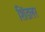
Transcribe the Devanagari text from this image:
शिंडलर